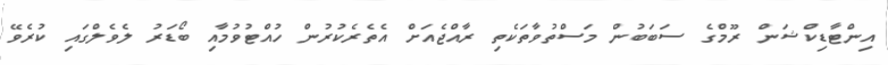
އިންޓާޑިކްޝަން ރޫމްގެ ސަބަބުން މަސްތުވާތަކެތި ރާއްޖެއަށް އެތެރެކުރުން ހުއްޓުވުމާއި ބޯޑަރު ލެވެލްގައި ކުރެވޭ